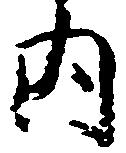
内